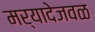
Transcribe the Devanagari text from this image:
मर्यादेजवळ